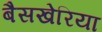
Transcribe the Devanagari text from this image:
बैसखेरिया